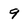
Character: 9